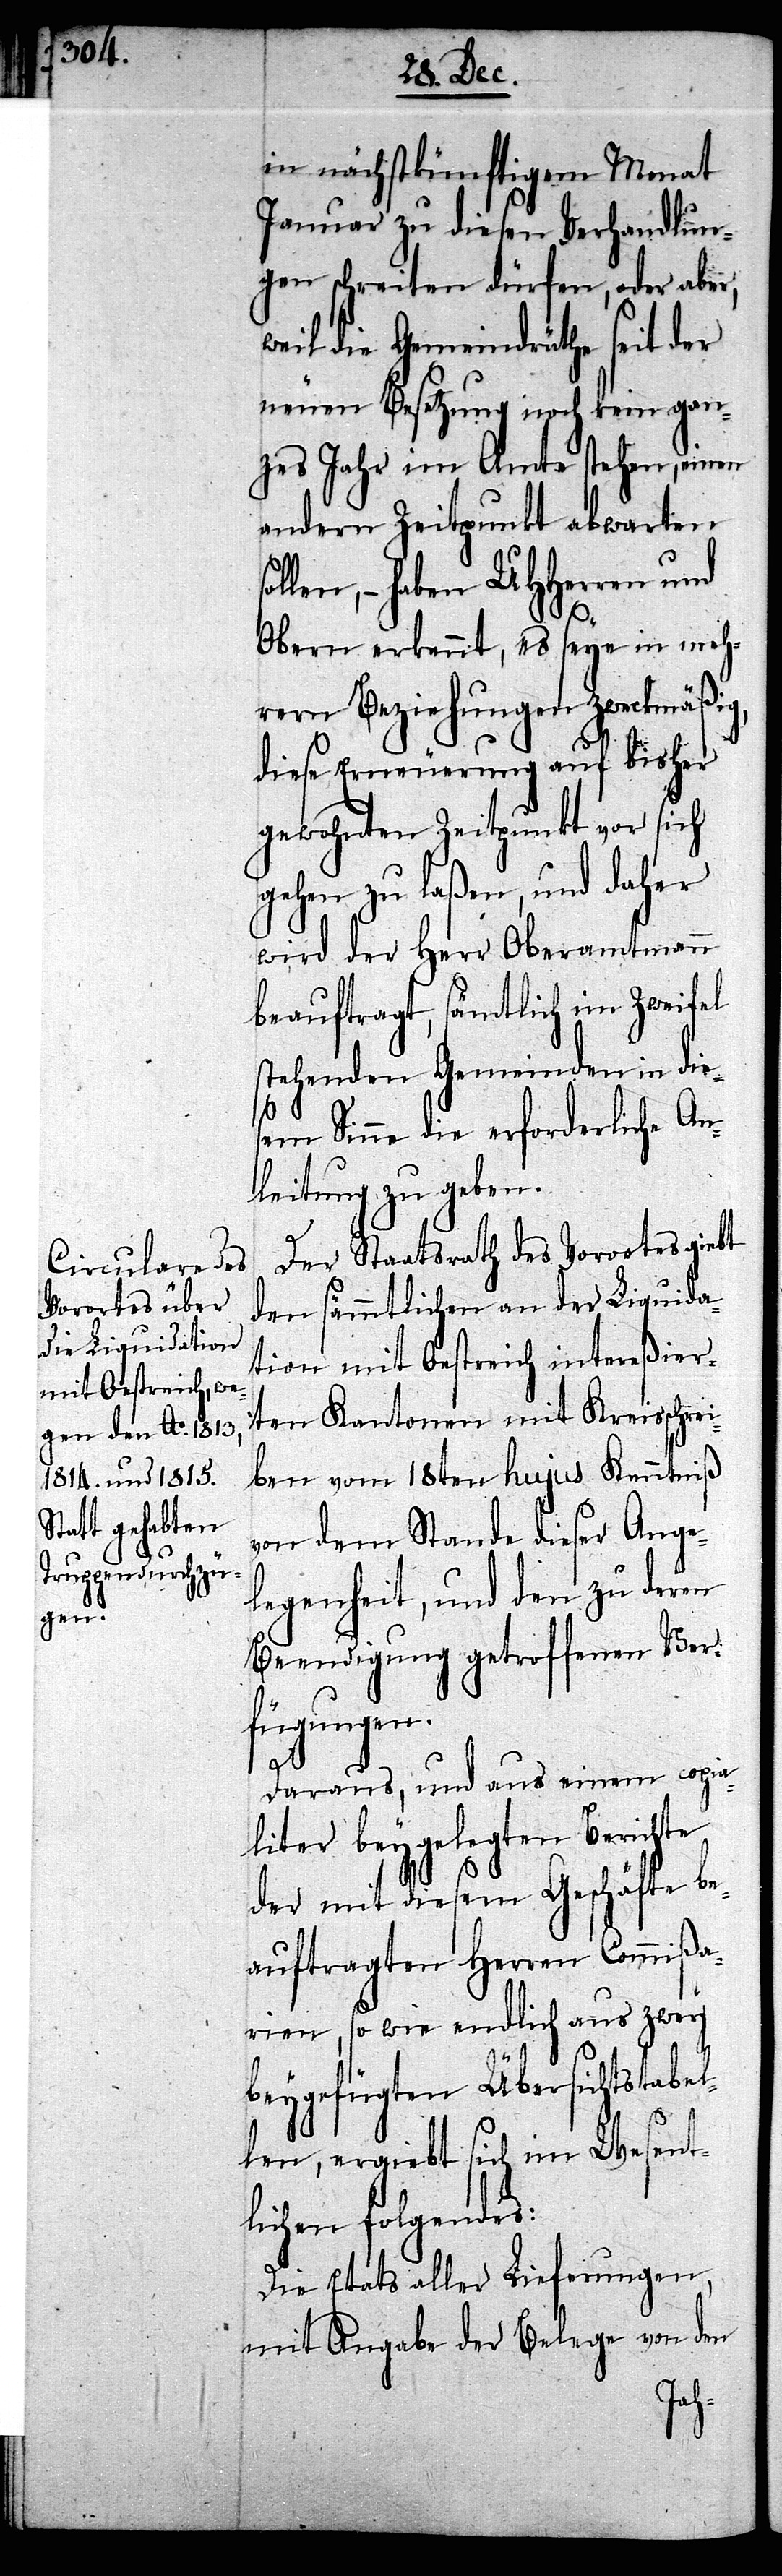
in nächstkünftigem Monat
Januar zu diesen Verhandlun¬
gen schreiten dürfen, oder aber,
weil die Gemeindräthe seit der
neuen Besetzung noch kein gan¬
zes Jahr im Amte stehen, einen
andern Zeitpunkt abwarten
llen, – haben UHHerren und
Obern erkennt, es seye in meh¬
rern Beziehungen zweckmäßig,
diese Erneuerung auf bisher
gewohnten Zeitpunkt vor sich
gehen zu laßen, und daher
wird der Herr Oberamtmann
beauftragt, sämtlich im Zweifel
stehenden Gemeinden in die¬
sem Sinne die erforderliche An¬
leitung zu geben.
Der Staatsrath des Vorortes giebt
den sämmtlichen an der Liquida¬
tion mit Oestreich intereßier¬
ten Kantonen mit Kreisschre¬
iben vom 18ten hujus Kenntniß
von dem Stande dieser Ange¬
legenheit, und den zu deren
Beendigung getroffenen Ver¬
fügungen.
Daraus, und aus einem copia¬
liter beygelegten Berichte
der mit diesem Geschäfte be¬
auftragten Herren Commißa¬
rien, so wie endlich aus zwey
beygefügten Übersichtstabel¬
len, ergiebt sich im Wesent¬
lichen folgendes:
Die Etats aller Lieferungen,
mit Angabe der Belege von den
so¬